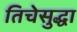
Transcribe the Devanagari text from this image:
तिचेसुद्धा